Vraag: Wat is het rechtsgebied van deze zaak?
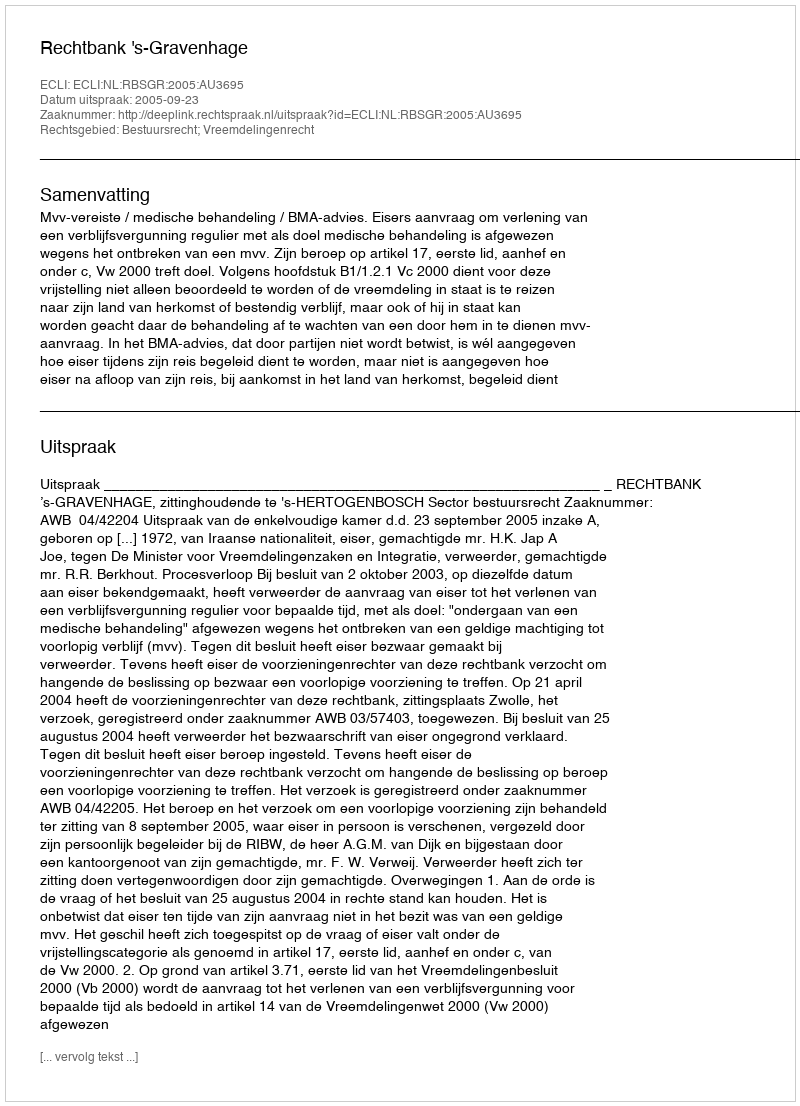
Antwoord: Bestuursrecht; Vreemdelingenrecht